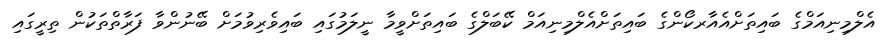
އެލްމިނިއަމްގެ ބައިތަށްއެއާރކޯންގެ ބައިތަށްއެލްމިނިއަމް ކޭބަލްގެ ބައިތަށްވީމާ ނީލަމުގައި ބައިވެރިވުމަށް ބޭނުންވާ ފަރާތްތަކުން ތިރީގައި